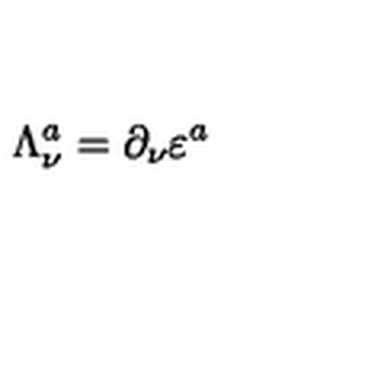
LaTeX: \Lambda _ { \nu } ^ { a } = \partial _ { \nu } \varepsilon ^ { a }